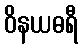
ဝိနယဓရီ